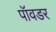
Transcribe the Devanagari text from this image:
पॉवडर